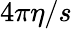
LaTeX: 4\pi\eta/s